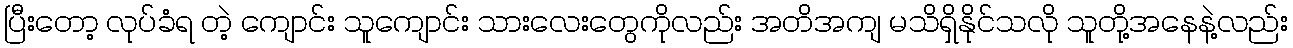
ပြီးတော့ လုပ်ခံရ တဲ့ ကျောင်း သူကျောင်း သားလေးတွေကိုလည်း အတိအကျ မသိရှိနိုင်သလို သူတို့အနေနဲ့လည်း